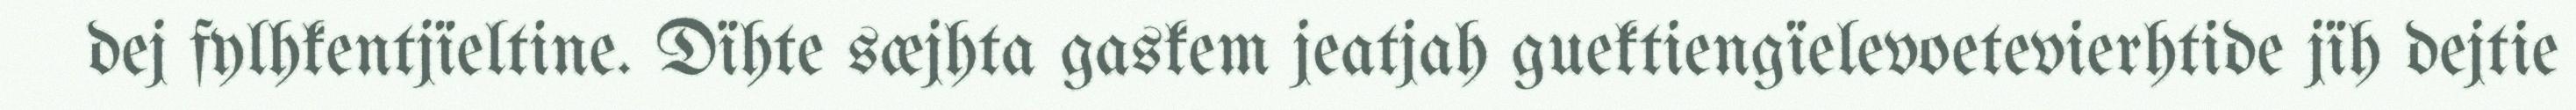
dej fylhkentjïeltine. Dïhte sæjhta gaskem jeatjah guektiengïelevoetevierhtide jïh dejtie